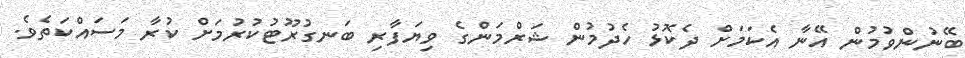
ބޭނުންވުމުން އޭނާ އެކަމަށް ދެކޮޅު ހެދުމުން ޝަރްމަންގެ ވިޔަފާރި ބަނގުރޫޓުކުރުމަށް ކުރާ މަސައްކަތެވެ.